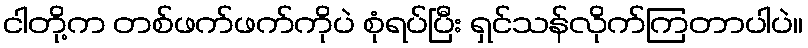
ငါတို့က တစ်ဖက်ဖက်ကိုပဲ စုံရပ်ပြီး ရှင်သန်လိုက်ကြတာပါပဲ။